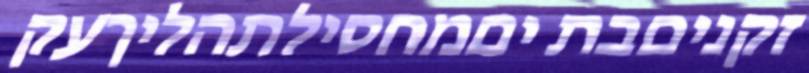
זקניםבת יםמחסילתהליךעק